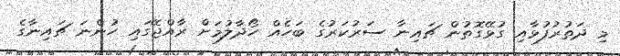
މި ދަތުރުފުޅާއި ގުޅޭގޮތުން ޗައިނާ ސަރުކަރުގެ ބަހެއް ހޯދާލުމަށް ރާއްޖޭގައި ހުންނަ ޗައިނާގެ